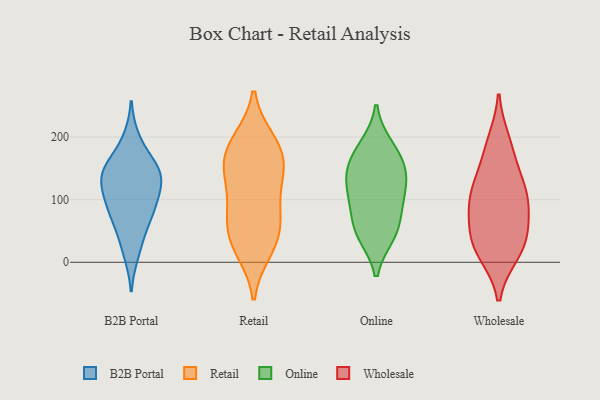
{"axis": {"x": "Shipments", "y": "Value"}, "legend": ["B2B Portal", "Online", "Retail", "Wholesale"], "data": [{"x": "", "y": 87, "type": "B2B Portal"}, {"x": "", "y": 14, "type": "B2B Portal"}, {"x": "", "y": 145, "type": "B2B Portal"}, {"x": "", "y": 72, "type": "B2B Portal"}, {"x": "", "y": 160, "type": "B2B Portal"}, {"x": "", "y": 143, "type": "B2B Portal"}, {"x": "", "y": 197, "type": "B2B Portal"}, {"x": "", "y": 135, "type": "B2B Portal"}, {"x": "", "y": 84, "type": "B2B Portal"}, {"x": "", "y": 44, "type": "B2B Portal"}, {"x": "", "y": 118, "type": "B2B Portal"}, {"x": "", "y": 107, "type": "B2B Portal"}, {"x": "", "y": 145, "type": "B2B Portal"}, {"x": "", "y": 196, "type": "Retail"}, {"x": "", "y": 141, "type": "Retail"}, {"x": "", "y": 17, "type": "Retail"}, {"x": "", "y": 42, "type": "Retail"}, {"x": "", "y": 94, "type": "Retail"}, {"x": "", "y": 63, "type": "Retail"}, {"x": "", "y": 44, "type": "Retail"}, {"x": "", "y": 196, "type": "Retail"}, {"x": "", "y": 155, "type": "Retail"}, {"x": "", "y": 156, "type": "Retail"}, {"x": "", "y": 18, "type": "Retail"}, {"x": "", "y": 95, "type": "Retail"}, {"x": "", "y": 188, "type": "Retail"}, {"x": "", "y": 137, "type": "Retail"}, {"x": "", "y": 73, "type": "Retail"}, {"x": "", "y": 162, "type": "Retail"}, {"x": "", "y": 44, "type": "Online"}, {"x": "", "y": 113, "type": "Online"}, {"x": "", "y": 101, "type": "Online"}, {"x": "", "y": 177, "type": "Online"}, {"x": "", "y": 56, "type": "Online"}, {"x": "", "y": 185, "type": "Online"}, {"x": "", "y": 144, "type": "Online"}, {"x": "", "y": 46, "type": "Online"}, {"x": "", "y": 92, "type": "Online"}, {"x": "", "y": 146, "type": "Online"}, {"x": "", "y": 143, "type": "Online"}, {"x": "", "y": 97, "type": "Wholesale"}, {"x": "", "y": 41, "type": "Wholesale"}, {"x": "", "y": 139, "type": "Wholesale"}, {"x": "", "y": 94, "type": "Wholesale"}, {"x": "", "y": 30, "type": "Wholesale"}, {"x": "", "y": 50, "type": "Wholesale"}, {"x": "", "y": 14, "type": "Wholesale"}, {"x": "", "y": 76, "type": "Wholesale"}, {"x": "", "y": 180, "type": "Wholesale"}, {"x": "", "y": 113, "type": "Wholesale"}, {"x": "", "y": 119, "type": "Wholesale"}, {"x": "", "y": 14, "type": "Wholesale"}, {"x": "", "y": 193, "type": "Wholesale"}]}